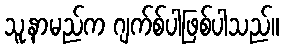
သူ့နာမည်က ဂျက်စ်ပါဖြစ်ပါသည်။